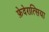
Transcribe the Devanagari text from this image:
फ़ेदेरात्सिया